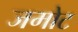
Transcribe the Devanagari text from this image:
जमोट